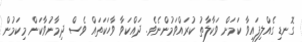
ގޮނޑި ގެއްލިފައިވާ ކަމަށް ވަކާލާތު ކުރައްވަމުންނެވެ. ދައްކަވާ ވާހަކަތައް ވެސް ދިމާނުވާކަން މިކަމުން